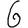
Digit: 6